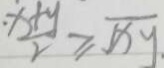
\frac { \cdot x + y } { 2 } \geq \sqrt { x y } .